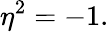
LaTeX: \eta^{2}=-1.